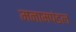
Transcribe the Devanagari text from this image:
मनामपंडल